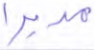
مدبرا